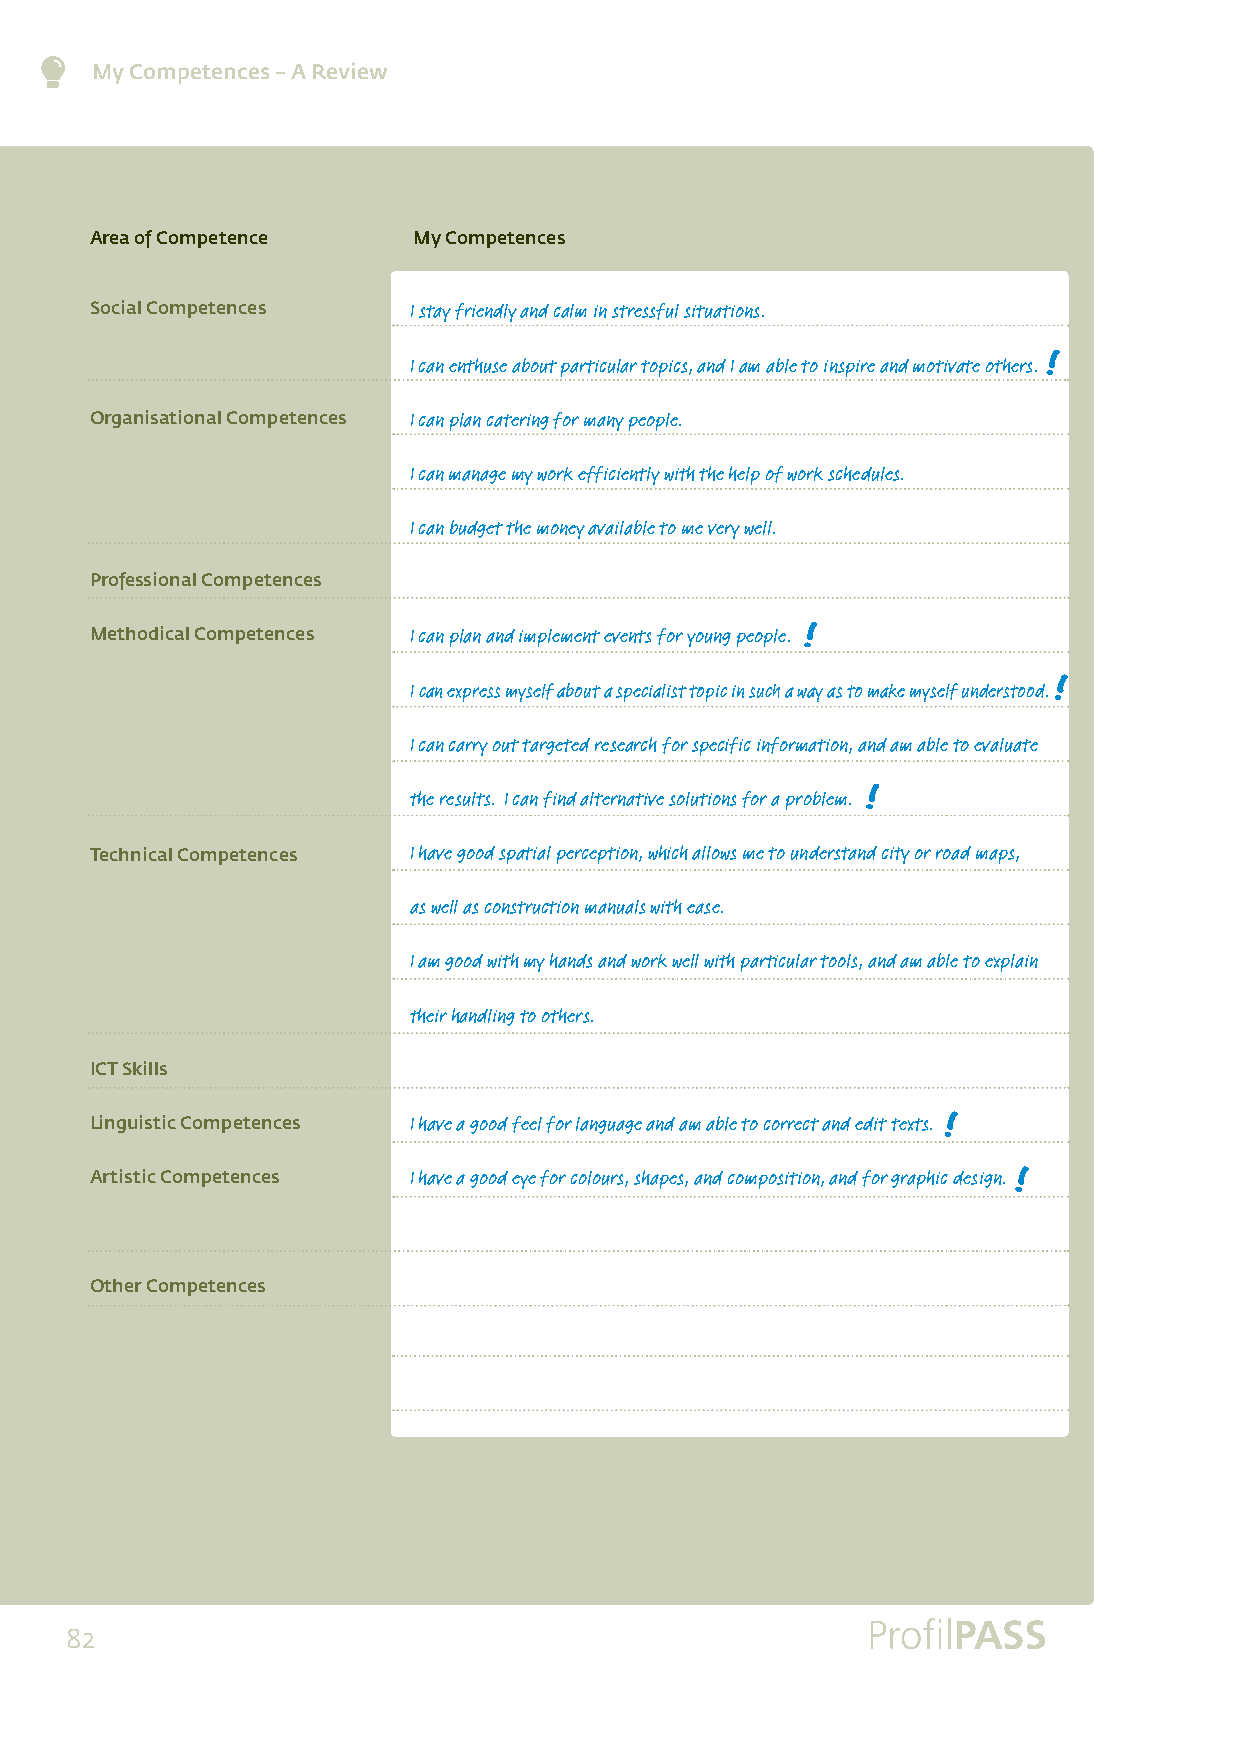
My Competences – A Review
 Area of Competence   My Competences
 Social Competences   I stay friendly and calm in stressful situations.
 I can enthuse about particular topics, and I am able to inspire and motivate others.
 Organisational Competences I can plan catering for many people.
 I can manage my work efficiently with the help of work schedules.
 I can budget the money available to me very well.
 Professional Competences
 Methodical Competences I can plan and implement events for young people.
 I can express myself about a specialist topic in such a way as to make myself understood.
 I can carry out targeted research for specific information, and am able to evaluate
 the results. I can find alternative solutions for a problem.
 Technical Competences I have good spatial perception, which allows me to understand city or road maps,
 as well as construction manuals with ease.
 I am good with my hands and work well with particular tools, and am able to explain
 their handling to others.
 ICT Skills
 Linguistic Competences I have a good feel for language and am able to correct and edit texts.
 Artistic Competences I have a good eye for colours, shapes, and composition, and for graphic design.
 Other Competences
 82